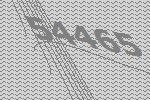
54465